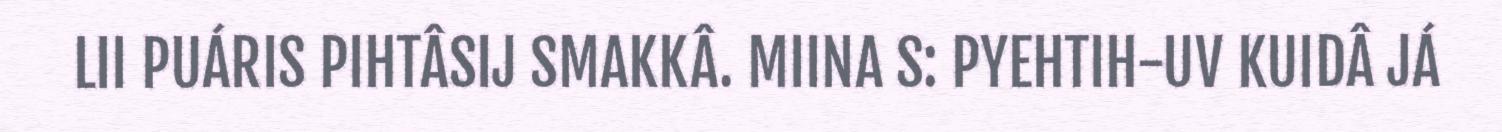
LII PUÁRIS PIHTÂSIJ SMAKKÂ. MIINA S: PYEHTIH-UV KUIDÂ JÁ